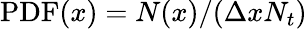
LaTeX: \mathrm{PDF}(x)=N(x)/(\Delta xN_{t})